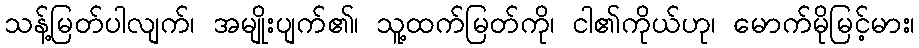
သန့်မြတ်ပါလျက်၊ အမျိုးပျက်၏၊ သူ့ထက်မြတ်ကို၊ ငါ၏ကိုယ်ဟု၊ မောက်မိုမြင့်မား၊